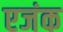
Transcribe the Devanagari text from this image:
एजंक